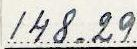
148.29